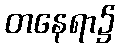
တနေရာ၌